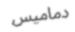
دماميس